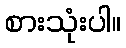
စားသုံးပါ။